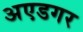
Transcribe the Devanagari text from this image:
अएडगर